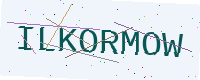
Text: ILKORMOW